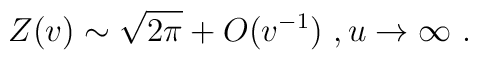
Z(v)\sim \sqrt{2\pi}+O(v^{-1}) \ , u\rightarrow \infty \ .